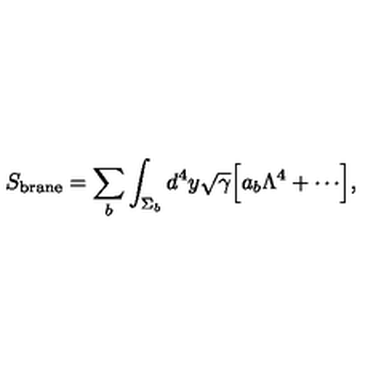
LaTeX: S _ { \mathrm { b r a n e } } = \sum _ { b } \int _ { \Sigma _ { b } } d ^ { 4 } y \sqrt \gamma \Bigl [ a _ { b } \Lambda ^ { 4 } + \cdots \Bigr ] ,